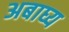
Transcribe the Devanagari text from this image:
अबाघ्य